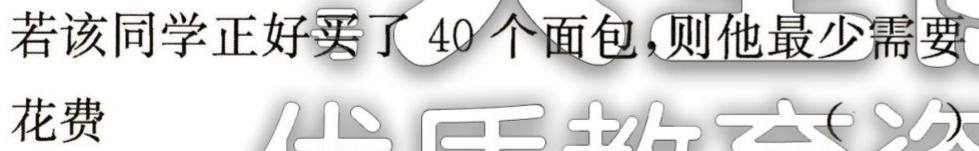
若该同学正好买了 40 个面包，则他最少需要

花费  代 质 教 育 次